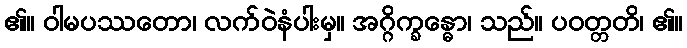
၏။ ဝါမပဿတော၊ လက်ဝဲနံပါးမှ။ အဂ္ဂိက္ခန္ဓော၊ သည်။ ပဝတ္တတိ၊ ၏။